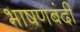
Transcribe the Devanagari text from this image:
भाषणबंदी